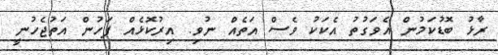
ރާޅު ބޮޑުކަމުން އެވަގުތު އެކަކު ވެސް އަތެއް ނުވި. އިރުކޮޅެއް ފަހުން އަތުޖެހުނީ